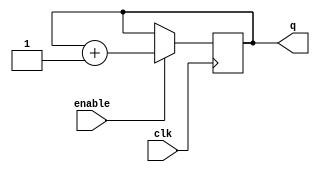
module johnson_counter_with_enable (
  input wire clk,
  input wire enable,
  output wire [3:0] q
);

reg [3:0] counter;

always @(posedge clk) begin
  if (enable) begin
    counter <= counter + 1;
  end
end

assign q = counter;

endmodule